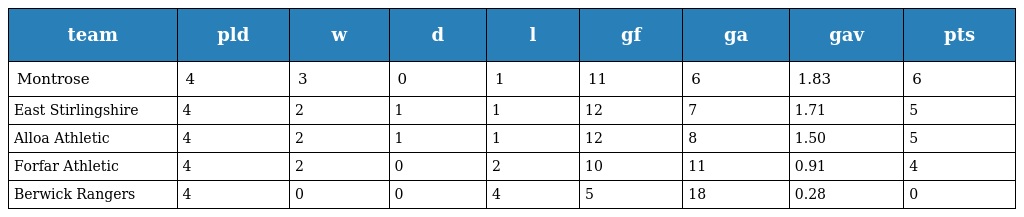
| team | pld | w | d | l | gf | ga | gav | pts |
 | --- | --- | --- | --- | --- | --- | --- | --- | --- |
 | Montrose | 4 | 3 | 0 | 1 | 11 | 6 | 1.83 | 6 |
 | East Stirlingshire | 4 | 2 | 1 | 1 | 12 | 7 | 1.71 | 5 |
 | Alloa Athletic | 4 | 2 | 1 | 1 | 12 | 8 | 1.50 | 5 |
 | Forfar Athletic | 4 | 2 | 0 | 2 | 10 | 11 | 0.91 | 4 |
 | Berwick Rangers | 4 | 0 | 0 | 4 | 5 | 18 | 0.28 | 0 |